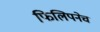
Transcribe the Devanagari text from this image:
फिलिपनेच